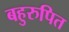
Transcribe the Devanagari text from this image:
बहुरुपित